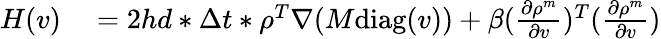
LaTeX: \begin{array}{rl}{H(v)}&{{}=2hd*\Delta t*\rho^{T}\nabla(M\mathrm{diag}(v))+\beta(\frac{\partial\rho^{m}}{\partial v})^{T}(\frac{\partial\rho^{m}}{\partial v})}\end{array}